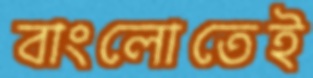
বাংলোতেই